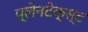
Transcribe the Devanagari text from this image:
प्लेनटेक्स्ट